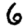
Digit: 6